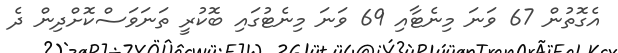
އެގޮތުން 67 ވަނަ މިނެޓާއި 69 ވަނަ މިނެޓުގައި ބޮކުރީ ތަނަވަސްކޮށްދިން ދެ